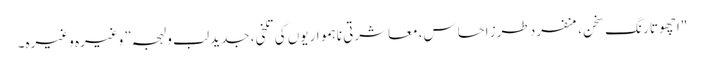
"اچھوتا رنگِ سخن، منفرد طرزِ احساس، معاشرتی ناہمواریوں کی تلخی، جدید لب و لہجہ” وغیرہ وغیرہ۔